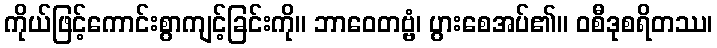
ကိုယ်ဖြင့်ကောင်းစွာကျင့်ခြင်းကို။ ဘာဝေတဗ္ဗံ၊ ပွားစေအပ်၏။ ဝစီဒုစရိတဿ၊